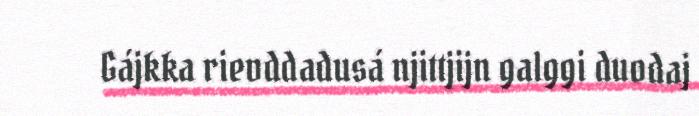
Gájkka rievddadusá njittjijn galggi duodaj